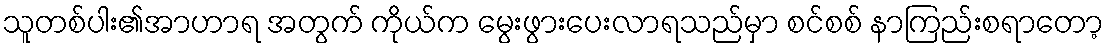
သူတစ်ပါး၏အာဟာရ အတွက် ကိုယ်က မွေးဖွားပေးလာရသည်မှာ စင်စစ် နာကြည်းစရာတော့